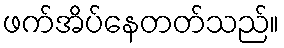
ဖက်အိပ်နေတတ်သည်။